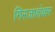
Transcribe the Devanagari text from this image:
गिरजाशंकर